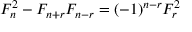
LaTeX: F _ { n } ^ { 2 } - F _ { n + r } F _ { n - r } = ( - 1 ) ^ { n - r } F _ { r } ^ { 2 }